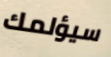
سيؤلمك